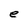
Character: e